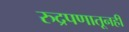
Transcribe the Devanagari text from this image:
रुद्रपणातूनही